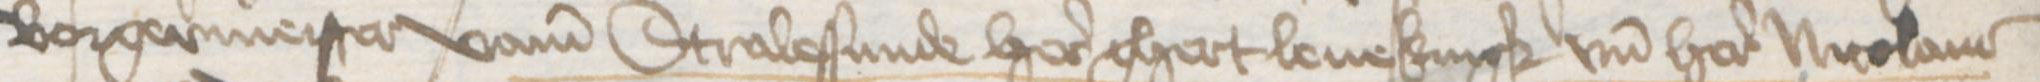
Transcription: Borgermeister vame Stralessunde here Ghert Leuekingk vnd here Nicolaus